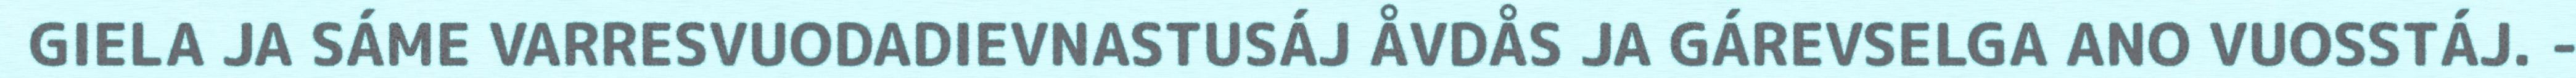
GIELA JA SÁME VARRESVUODADIEVNASTUSÁJ ÅVDÅS JA GÁREVSELGA ANO VUOSSTÁJ. -